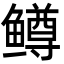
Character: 鳟